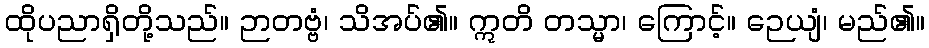
ထိုပညာရှိတို့သည်။ ဉာတဗ္ဗံ၊ သိအပ်၏။ ဣတိ တသ္မာ၊ ကြောင့်။ ဉေယျံ၊ မည်၏။